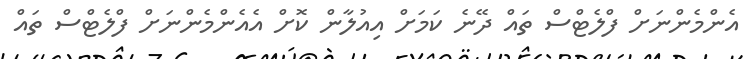
އެންމެންނަށް ފްލެޓްސް ތައް ދޭނެ ކަމަށް އިއުލާން ކޮށް އެއެންމެންނަށް ފްލެޓްސް ތައް